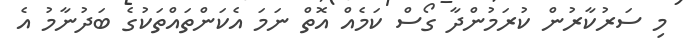
މި ސަރުކާރުން ކުރަމުންދާ ގޯސް ކަމެއް އޮތް ނަމަ އެކަންތައްތަކުގެ ބަދުނާމު އެ